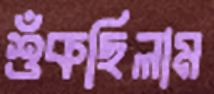
শুঁকছিলাম